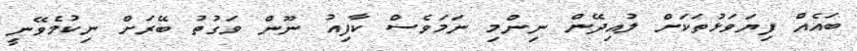
ބައެއް ފިޔަވަޅުތަކަށް ލުއިދޭން ނިންމި ނަމަވެސް ކާފިއު ނޫން ވަގުތު ބޭރަށް ނިކުމެވޭނީ